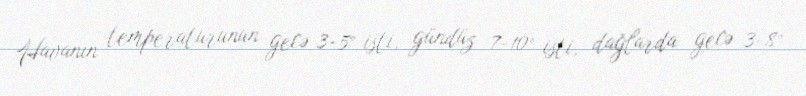
Havanın temperaturunun gecə 3-5° isti, gündüz 7-10° isti, dağlarda gecə 3-8°